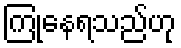
ကြုံနေရသည်ဟု